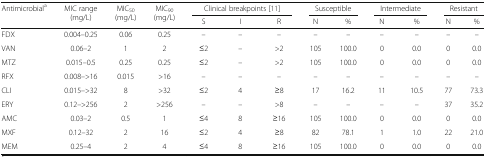
| <ROWSPAN=2> Antimicrobiala | <ROWSPAN=2> MIC range (mg/L) | <ROWSPAN=2> MIC50 (mg/L) | <ROWSPAN=2> MIC90 (mg/L) | <COLSPAN=3> Clinical breakpoints [11] | <COLSPAN=2> Susceptible | <COLSPAN=2> Intermediate | <COLSPAN=2> Resistant |
 | S | I | R | N | % | N | % | N | % |
 | --- | --- | --- | --- | --- | --- | --- | --- | --- | --- | --- | --- | --- |
 | FDX | 0.004–0.25 | 0.06 | 0.25 | – | – | – | – | – | – | – | – | – |
 | VAN | 0.06–2 | 1 | 2 | ≤2 | – | >2 | 105 | 100.0 | 0 | 0.0 | 0 | 0.0 |
 | MTZ | 0.015–0.5 | 0.25 | 0.25 | ≤2 | – | >2 | 105 | 100.0 | 0 | 0.0 | 0 | 0.0 |
 | RFX | 0.008–>16 | 0.015 | >16 | – | – | – | – | – | – | – | – | – |
 | CLI | 0.015–>32 | 8 | >32 | ≤2 | 4 | ≥8 | 17 | 16.2 | 11 | 10.5 | 77 | 73.3 |
 | ERY | 0.12–>256 | 2 | >256 | – | – | >8 | – | – | – | – | 37 | 35.2 |
 | AMC | 0.03–2 | 0.5 | 1 | ≤4 | 8 | ≥16 | 105 | 100.0 | 0 | 0.0 | 0 | 0.0 |
 | MXF | 0.12–32 | 2 | 16 | ≤2 | 4 | ≥8 | 82 | 78.1 | 1 | 1.0 | 22 | 21.0 |
 | MEM | 0.25–4 | 2 | 4 | ≤4 | 8 | ≥16 | 105 | 100.0 | 0 | 0.0 | 0 | 0.0 |